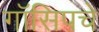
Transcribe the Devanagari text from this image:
गॉसिपचे